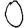
Digit: 0